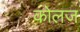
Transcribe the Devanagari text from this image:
कोलज